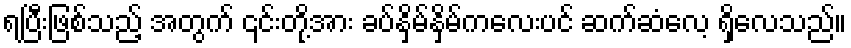
ရပြီးဖြစ်သည့် အတွက် ၎င်းတို့အား ခပ်နှိမ်နှိမ်ကလေးပင် ဆက်ဆံလေ့ ရှိလေသည်။